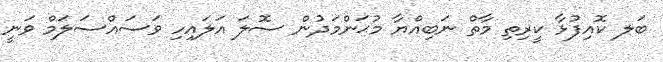
ބަލ ކޮއިފުޅާ ކީރިތި މާތް ނަބިއްޔާ މުޙަންމަދުން ސޮލަ އަލައިހި ވަސައްސަލަމް ވަނީ